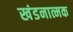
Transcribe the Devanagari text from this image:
खंडनात्मक